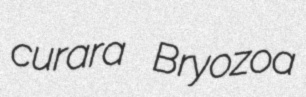
curara Bryozoa